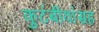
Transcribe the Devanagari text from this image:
कुटंबीयांसह